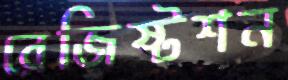
রেজিষ্টশন